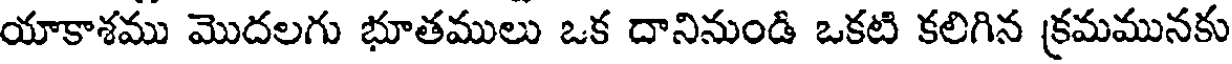
యాకాశము మొదలగు భూతములు ఒక దానినుండి ఒకటి కలిగిన క్రమమునకు